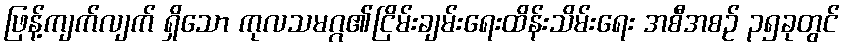
ဖြန့်ကျက်လျက် ရှိသော ကုလသမဂ္ဂ၏ငြိမ်းချမ်းရေးထိန်းသိမ်းရေး အစီအစဉ် ၃၅ခုတွင်